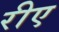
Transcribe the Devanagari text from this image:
रीए